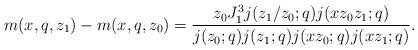
LaTeX: \begin{align*}m(x,q,z_1)-m(x,q,z_0)=\frac{z_0J_1^3j(z_1/z_0;q)j(xz_0z_1;q)}{j(z_0;q)j(z_1;q)j(xz_0;q)j(xz_1;q)}.\end{align*}